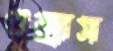
গুজ্‌রাস